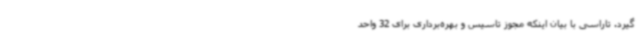
گیرد. تاراسی با بیان اینکه مجوز تاسیس و بهره‌برداری برای 32 واحد